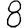
Digit: 8